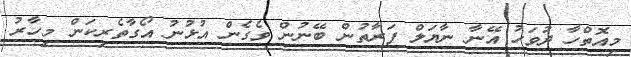
މިއޮތްހާ ދުވަހު އޭނާ ނާޔަލް ފަރާތުން ބޭނުން ވެގެން އުޅުނު އޯގާތެރިކަން މިހާރު